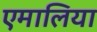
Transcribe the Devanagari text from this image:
एमालिया